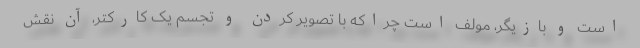
است و بازیگر، مولف است چراکه با تصویر کردن و تجسم یک کارکتر، آن نقش